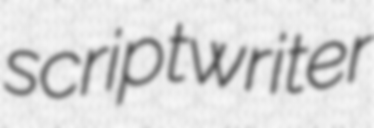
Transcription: scriptwriter